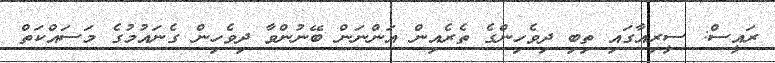
ރައީސް: ސީރިއާގައި ތިބި ދިވެހިންގެ ތެރެއިން އަންނަން ބޭނުންވާ ދިވެހިން ގެނައުމުގެ މަސައްކަތް